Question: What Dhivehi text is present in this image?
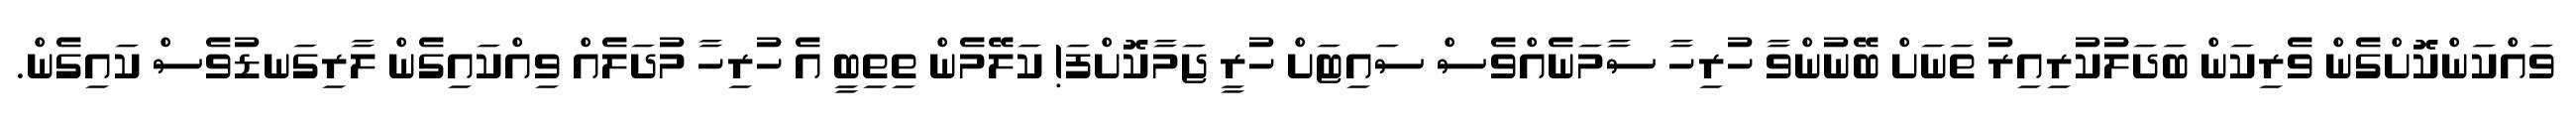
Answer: ވައްކަންކޮށްގެން ވެރިކަން ބަދަލުކުރިއިރު ތަނަށް ބޭނުންވާ ހުރިހާ ސާމަނެއްވެސް ސައިޓަށް ހުރީ ޖަމާކޮށްފަ! ކަލޭމެން ތިތިބީ އެ ހުރިހާ މުދަލެއް ވިއްކައިގެން ލާރިގަނޑުވެސް ކައިގެން.